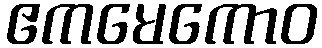
ဧကမေကောဝ